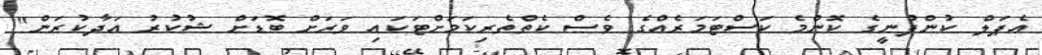
އެޕަލް ކުންފުނީގެ ކޮންމެ ކަސްޓަމަރެއްގެ ވެސް ކެތްތެރިކަމަށްޓަކައި ވަރަށް ބޮޑަށް ޝުކުރު އަދާކުރަން"